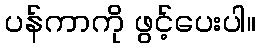
ပန်ကာကို ဖွင့်ပေးပါ။